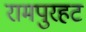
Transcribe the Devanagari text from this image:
रामपुरहट